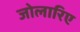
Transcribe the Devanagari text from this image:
जोलारिए